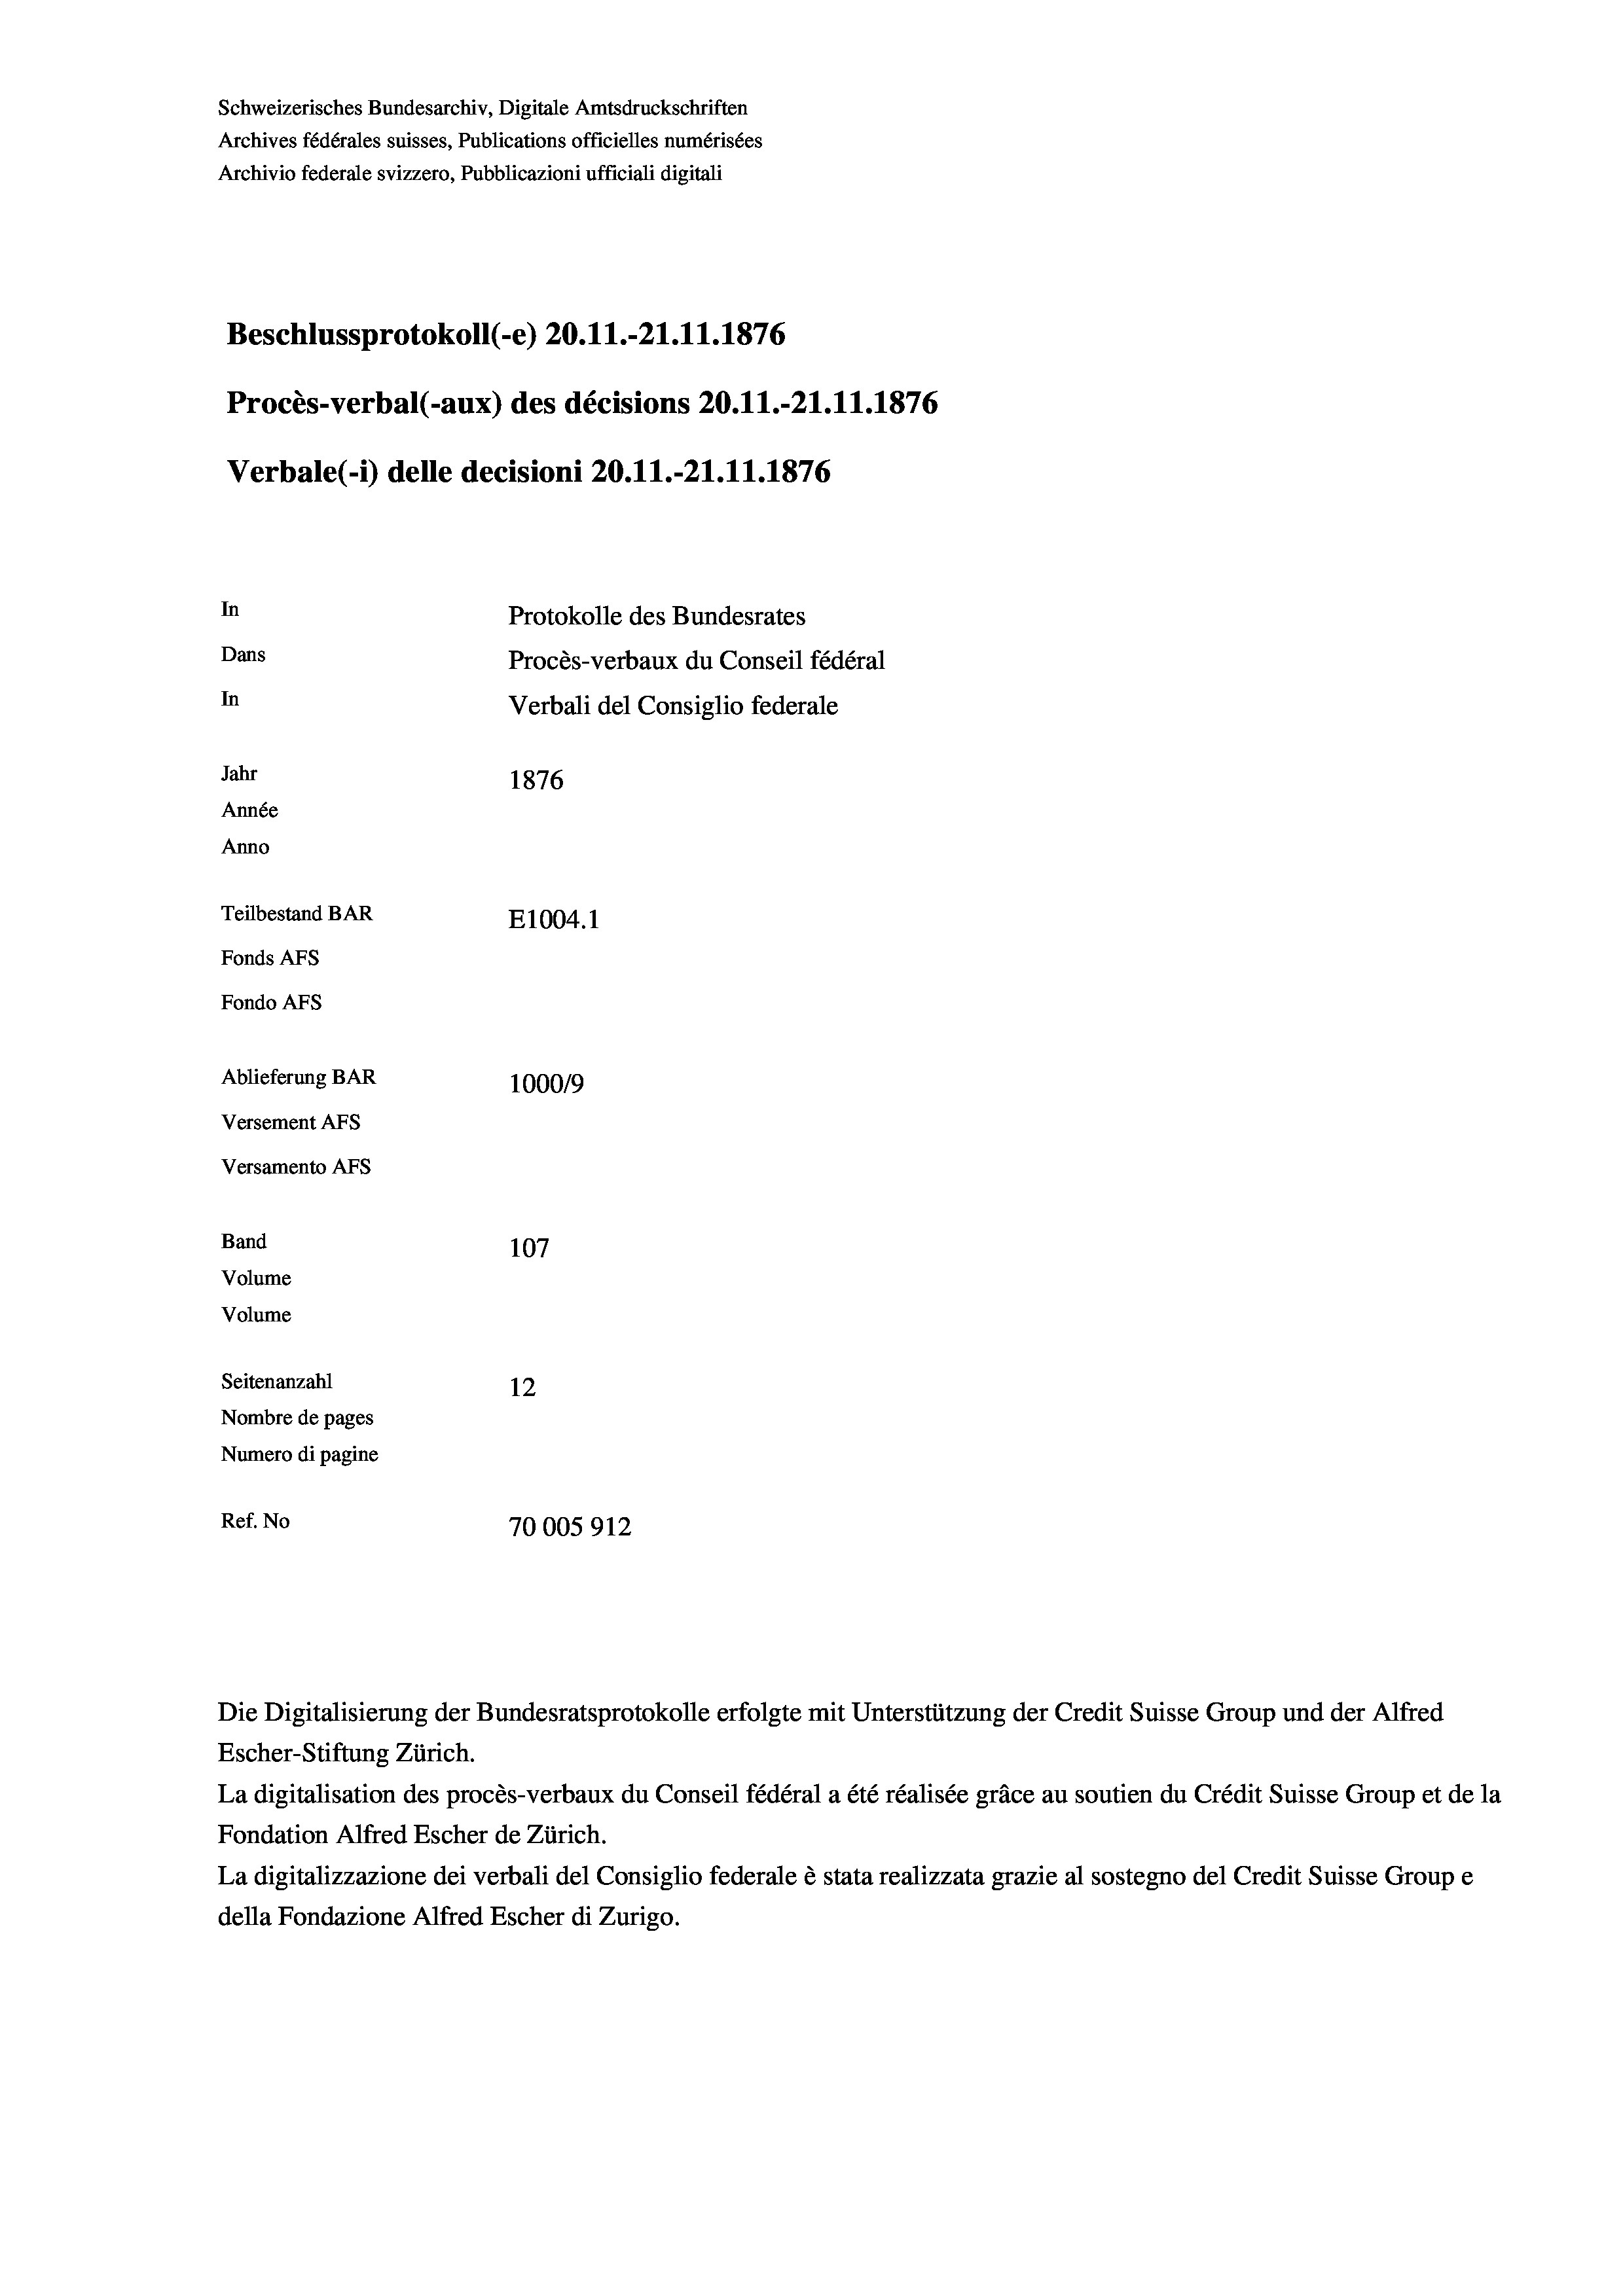
Schweizerisches Bundesarchiv, Digitale Amtsdruckschriften
Archives fédérales suisses, Publications officielles numérisées
Archivio federale svizzero, Pubblicazioni ufficiali digitali
Beschlussprotokoll (-e) 20.11.-21.11.1876
Procès-verbal (-aux) des décisions 20.11.-21.11.1876
Verbale (- 1) delle decisioni 20.11.-21.11.1876
In
Protokolle des Bundesrates
Dans
Procès-verbaux du Conseil fédéral
In
Verbali del Consiglio federale
Jahr
1876
Année
Anno
Teilbestand BAR
E1004.1
Fonds Afs
Fondo AFS
Ablieferung BAR
100019
Versement AFs
Versamento AFs
Band
107
Volume
Volume
Seitenanzahl
12
Nombre de pages
Numero di pagine
Ref. No
70005912

Escher-Stiftung Zürich.
La digitalisation des procès-verbaux du Conseil fédéral a été réalisée gräce au soutien du Crédit Suisse Group et de la
Fondation Alfred Escher de Zürich.
La digitalizzazione dei verbali del Consiglio federale è stata realizzata grazie al sostegno del Credit Suisse Groupe
della Fondazione Alfred Escher di Zurigo.

Die Digitalisierung der Bundesratsprotokolle erfolgte mit Unterstützung der Credit Suisse Group und der Alfred